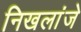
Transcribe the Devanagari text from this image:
निखलांजे